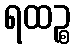
ရထဉ္စ